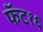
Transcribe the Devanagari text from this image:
फॅट१६